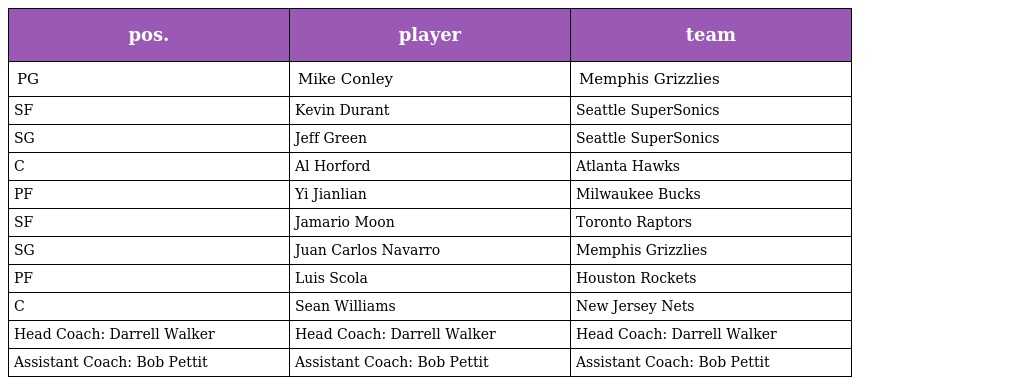
| pos. | player | team |
 | --- | --- | --- |
 | PG | Mike Conley | Memphis Grizzlies |
 | SF | Kevin Durant | Seattle SuperSonics |
 | SG | Jeff Green | Seattle SuperSonics |
 | C | Al Horford | Atlanta Hawks |
 | PF | Yi Jianlian | Milwaukee Bucks |
 | SF | Jamario Moon | Toronto Raptors |
 | SG | Juan Carlos Navarro | Memphis Grizzlies |
 | PF | Luis Scola | Houston Rockets |
 | C | Sean Williams | New Jersey Nets |
 | Head Coach: Darrell Walker | Head Coach: Darrell Walker | Head Coach: Darrell Walker |
 | Assistant Coach: Bob Pettit | Assistant Coach: Bob Pettit | Assistant Coach: Bob Pettit |